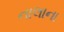
નાલાના